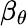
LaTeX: \beta_{\theta}